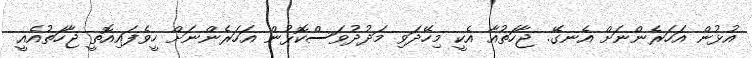
އުޅުން އަހަރެންނަށް އެނގޭ. ޖާހަތުއާ އެކީ މިހޭދަވި މަދުދުވަސްކޮޅުން އަހަރެންނަށް ހީވެފައިއޮތީ ޖާހަތުއެއީ